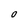
Character: 0